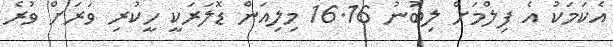
އެކަމަކު އެ ފިލްމަށް ލިބުނު 16.16 މިލިއަން ޑޮލަރަކީ ހީކުރި ވަރަށް ވުރެ